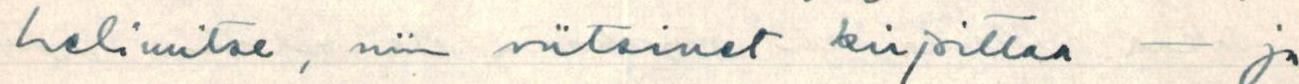
helimitse, niin viitsinet kirjoittaa - ja